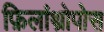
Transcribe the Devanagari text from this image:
फ़िलांथ्रोपोस